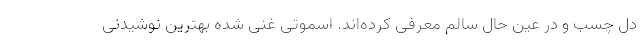
دل چسب و در عین حال سالم معرفی کرده‌اند. اسموتی غنی شده بهترین نوشیدنی